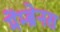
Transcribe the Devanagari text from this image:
मेंम्ब्रेनस